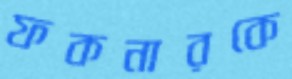
ফকনারকে